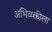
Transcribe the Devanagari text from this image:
अभिव्य्क्तीला